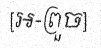
[អ-ព្រួច]